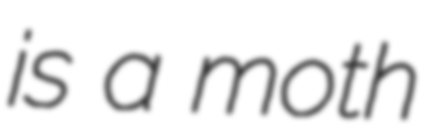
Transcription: is a moth